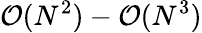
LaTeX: \mathcal{O}(N^{2})-\mathcal{O}(N^{3})